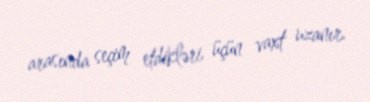
arasında seçim etdikləri üçün vaxt uzanır.